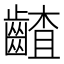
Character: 𪙁